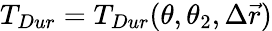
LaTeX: T_{Dur}=T_{Dur}(\theta,\theta_{2},\Delta\vec{r})